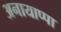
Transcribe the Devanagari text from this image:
अनायाप्पा